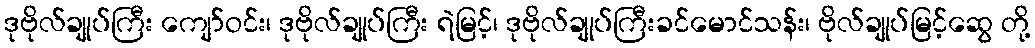
ဒုဗိုလ်ချုပ်ကြီး ကျော်ဝင်း၊ ဒုဗိုလ်ချုပ်ကြီး ရဲမြင့်၊ ဒုဗိုလ်ချုပ်ကြီးခင်မောင်သန်း၊ ဗိုလ်ချုပ်မြင့်ဆွေ တို့